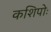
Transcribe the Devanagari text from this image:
कशिपोः